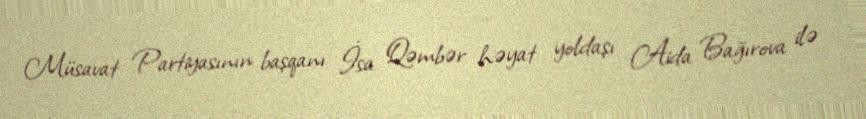
Müsavat Partiyasının başqanı İsa Qəmbər həyat yoldaşı Aida Bağırova ilə